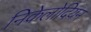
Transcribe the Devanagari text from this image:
निकेलोदियन